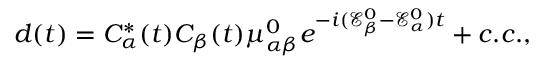
d ( t ) = C _ { \alpha } ^ { \ast } ( t ) C _ { \beta } ( t ) \mu _ { \alpha \beta } ^ { 0 } e ^ { - i ( \mathcal { E } _ { \beta } ^ { 0 } - \mathcal { E } _ { \alpha } ^ { 0 } ) t } + c . c . ,